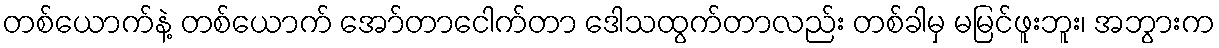
တစ်ယောက်နဲ့ တစ်ယောက် အော်တာငေါက်တာ ဒေါသထွက်တာလည်း တစ်ခါမှ မမြင်ဖူးဘူး၊ အဘွားက